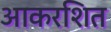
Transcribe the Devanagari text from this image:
आकरशित